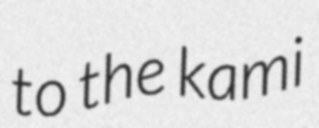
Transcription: to the kami